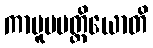
ကာမူပပတ္တိယောတိ